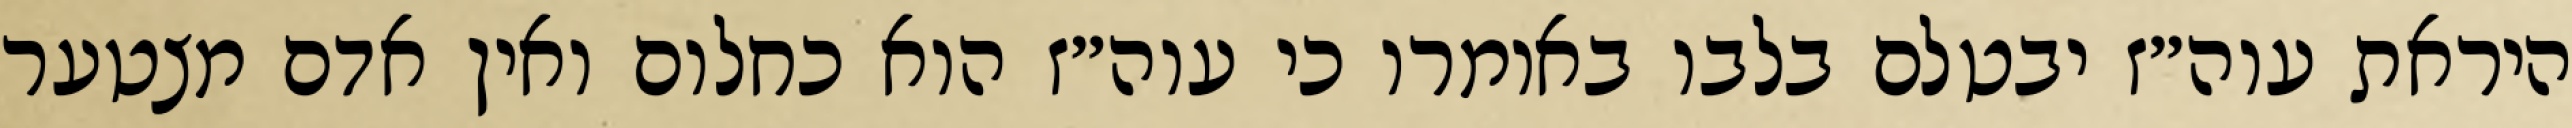
היראת עוה״ז יבטלם בלבו באומרו כי עוה״ז הוא כחלום ואין אדם מצטער